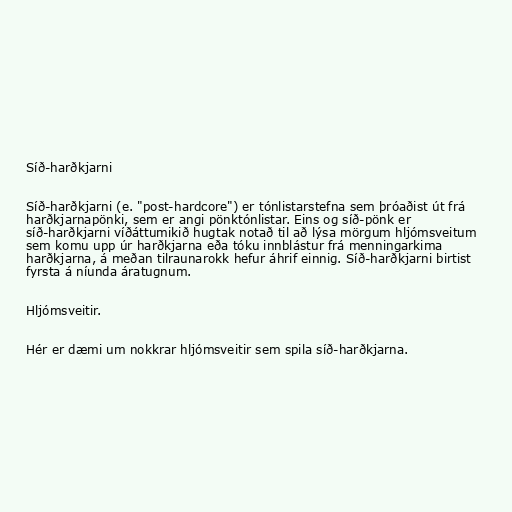
Síð-harðkjarni

Síð-harðkjarni (e. "post-hardcore") er tónlistarstefna sem þróaðist út frá
harðkjarnapönki, sem er angi pönktónlistar. Eins og síð-pönk er
síð-harðkjarni víðáttumikið hugtak notað til að lýsa mörgum hljómsveitum
sem komu upp úr harðkjarna eða tóku innblástur frá menningarkima
harðkjarna, á meðan tilraunarokk hefur áhrif einnig. Síð-harðkjarni birtist
fyrsta á níunda áratugnum.

Hljómsveitir.

Hér er dæmi um nokkrar hljómsveitir sem spila síð-harðkjarna.